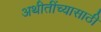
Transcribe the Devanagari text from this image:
अथीतींच्यासाठी